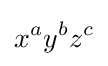
x^{a}y^{b}z^{c}